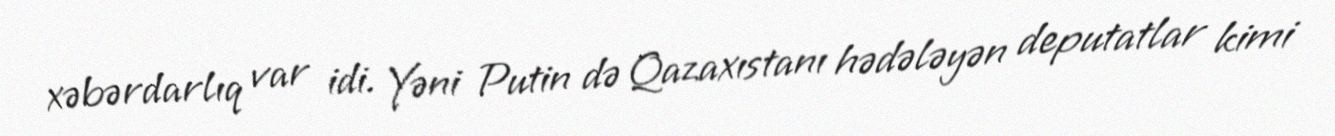
xəbərdarlıq var idi. Yəni Putin də Qazaxıstanı hədələyən deputatlar kimi